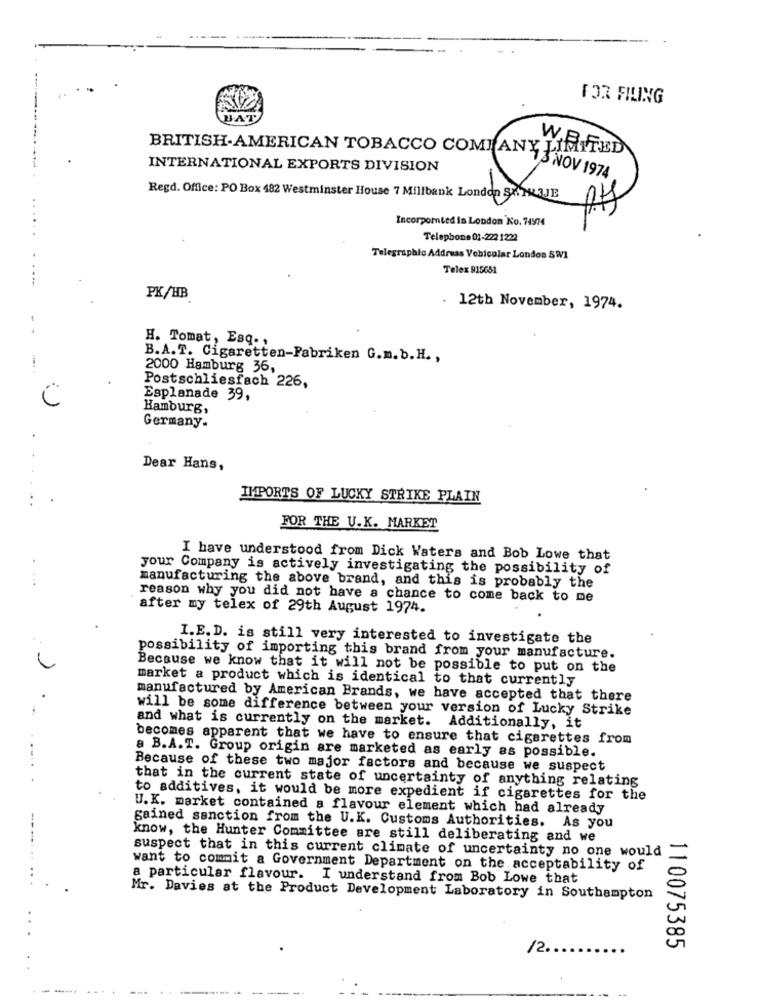
FOR FILING
BAT
W.B.F
BRITISH-AMERICAN TOBACCO COMPANY LIMITED
INTERNATIONAL EXPORTS DIVISION
13 NOV 1974
Regd. Office: PO Box 482 Westminster House 7 Millbank London SKAR3JE
Incorporated in London No. 74974
Telephone 01-222 1222
Telegraphic Address Vehicular London SW1
Telex 915651
PK/HB
12th November, 1974.
H. Tomat, Esq. ,
B.A.T. Cigaretten-Fabriken G.m.b.H .,
2000 Hamburg 36,
Postschliesfach 226,
Esplanade 39,
Hamburg,
Germany-
Dear Hans,
IMPORTS OF LUCKY STRIKE PLAIN
FOR THE U.K. MARKET
I have understood from Dick Waters and Bob Lowe that
your Company is actively investigating the possibility of
manufacturing the above brand, and this is probably the
reason why you did not have a chance to come back to me
after my telex of 29th August 1974.
I.E.D. is still very interested to investigate the
possibility of importing this brand from your manufacture.
Because we know that it will not be possible to put on the
market a product which is identical to that currently
manufactured by American Brands, we have accepted that there
will be some difference between your version of Lucky Strike
and what is currently on the market. Additionally, it
becomes apparent that we have to ensure that cigarettes from
a B.A.T. Group origin are marketed as early as possible.
Because of these two major factors and because we suspect
that in the current state of uncertainty of anything relating
to additives, it would be more expedient if cigarettes for the
U.K. market contained a flavour element which had already
gained sanction from the U.K. Customs Authorities. As you
know, the Hunter Committee are still deliberating and we
suspect that in this current climate of uncertainty no one would
want to commit a Government Department on the acceptability of
.. ..
a particular flavour. I understand from Bob Lowe that
Mr. Davies at the Product Development Laboratory in Southampton
12 ..
110075385